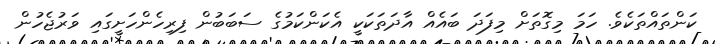
ކަންތައްތަކެވެ. ހަމަ މިގޮތަށް މިފަދަ ބައެއް އާދަތަކަކީ އެކަންކަމުގެ ސަބަބުން ފިރިހެންހަށީގައި ވަރުޖެހުން